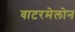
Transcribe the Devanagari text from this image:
वाटरमेलोन